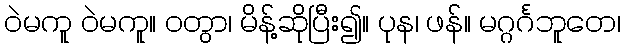
ဝဲမကူ ဝဲမကူ။ ဝတွာ၊ မိန့်ဆိုပြီး၍။ ပုန၊ ဖန်။ မဂ္ဂင်္ဂဘူတေ၊